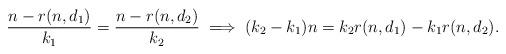
LaTeX: \begin{align*}\frac{n-r(n,d_1)}{k_1}=\frac{n-r(n,d_2)}{k_2}\implies (k_2-k_1)n=k_2r(n,d_1)-k_1r(n,d_2).\end{align*}